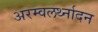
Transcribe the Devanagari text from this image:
अरम्वलर्थ्नादन